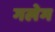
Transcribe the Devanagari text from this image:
गलेम